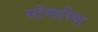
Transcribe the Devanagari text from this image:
सोमारिया